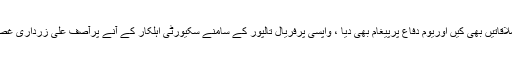
سماعت کے بعد آصف علی زرداری نے پارٹی رہنماؤں سے ملاقاتیں بھی کیں اوریوم دفاع پرپیغام بھی دیا ، واپسی پرفریال تالپور کے سامنے سکیورٹی اہلکار کے آنے پرآصف علی زرداری غصے میں آگئے ، انہوں نے اہلکار کو چھڑی سے پیچھے ہٹا دیا۔